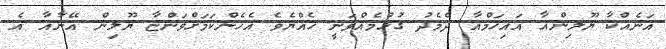
އަނެއްކާ ޔޫލިންއާ އައިހަމްއާ ދެމެދު ގުޅުމެއްވަނީ ހެއްޔެވެ އެހެންކަމަށްވަންޏާ ޔޫލިން އޭނާއާ އެ